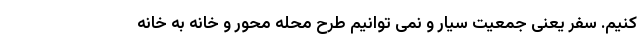
کنیم. سفر یعنی جمعیت سیار و نمی توانیم طرح محله محور و خانه به خانه